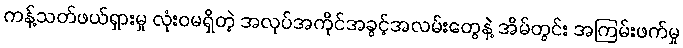
ကန့်သတ်ဖယ်ရှားမှု လုံးဝမရှိတဲ့ အလုပ်အကိုင်အခွင့်အလမ်းတွေနဲ့ အိမ်တွင်း အကြမ်းဖက်မှု